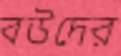
বউদের